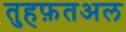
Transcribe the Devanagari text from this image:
तुहफ़तअल